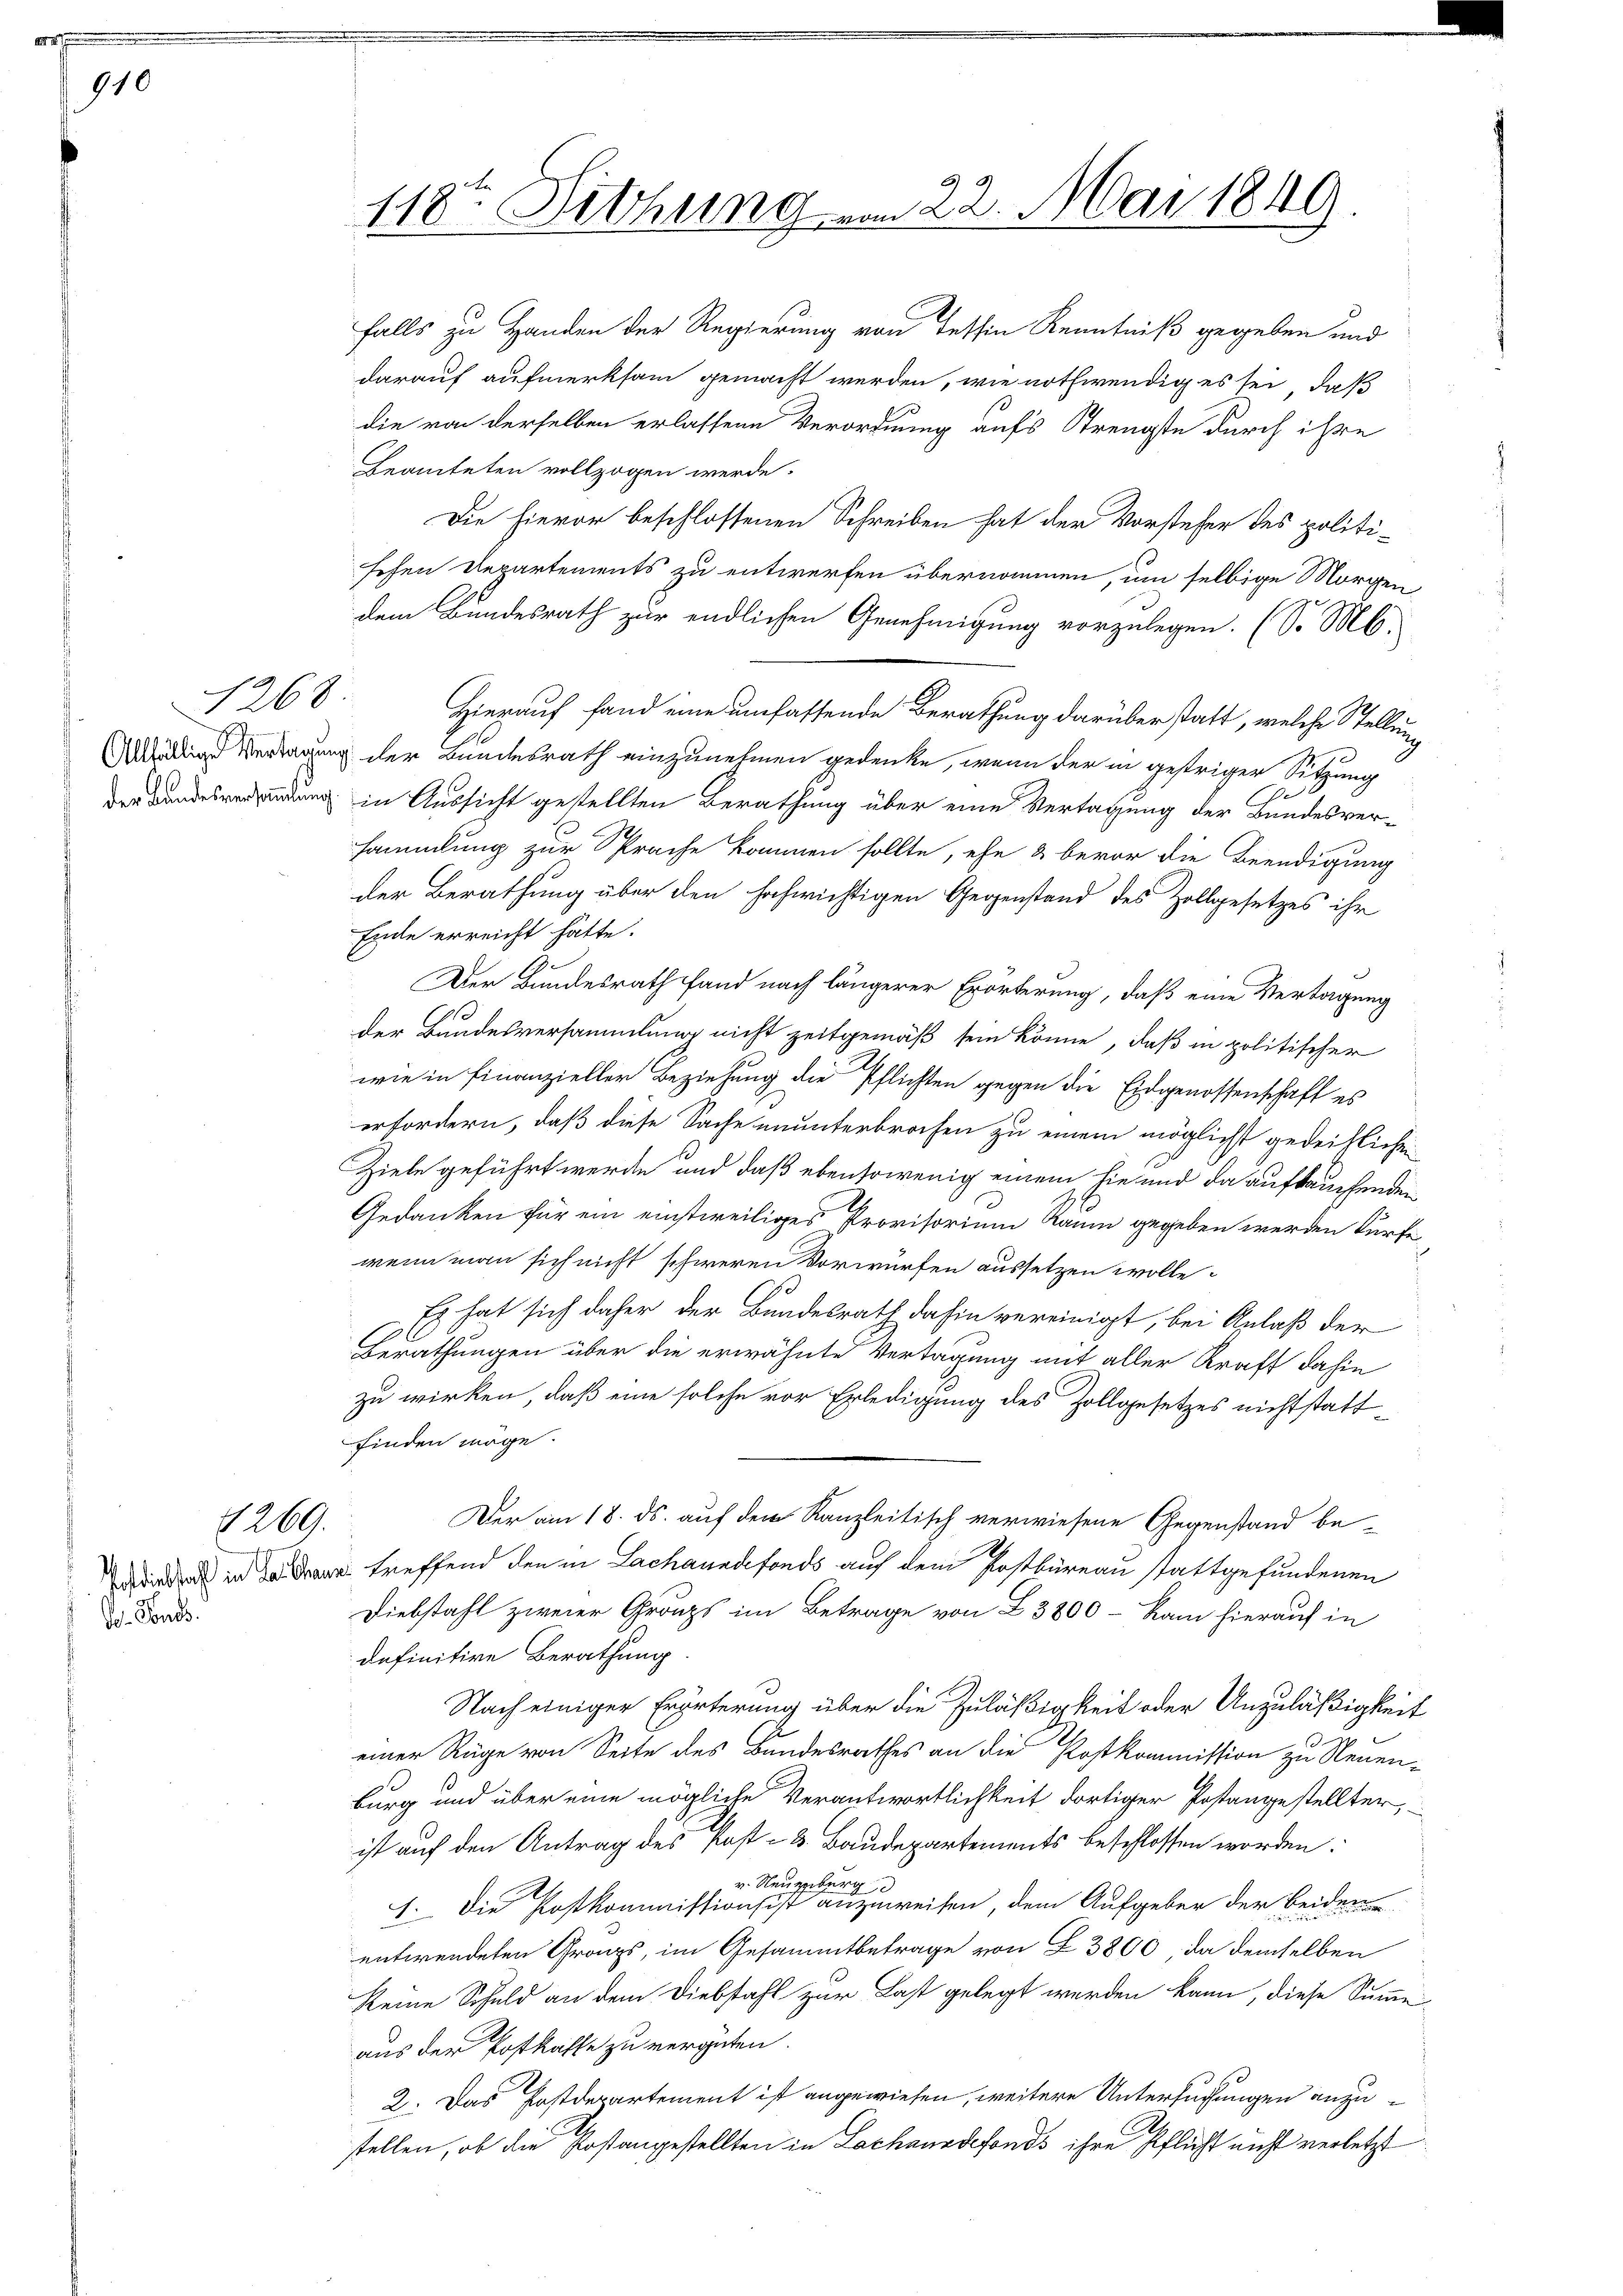
910

1269.
nach

So. Ponts

falls zu Handen der Regierung von Tessin Kenntniß gegeben und
darauf aufmerksam gemacht werden, wie nothwendig es sei, daß
die von derselben erlassene Verordnung aufs Treugste durch ihre
Beamteten vollzogen werde.
Die hievor beschlossenen Schreiben hat der Vorsteher des politisehen Departements zu entwerfen übernommen, um selbige Morgen
dem Bundesrath zur endlichen Genehmigung vorzulegen. (So M.
1268. Hierauf fand eine umfassende Berathung darüberstatt, welche Stellung
Als Vertagung der Bundesrath einzunehmen gedenke, wenn der in gestriger Sitzung
e
der Bundesverwendung in Aussicht gestellten Berathung über eine Vertagung der Bundesversammlung zur Sprache kommen sollte, ehe & bevor die Beendigung
der Berathung über den hochwichtigen Gegenstand des Zollgesetzes ihr
Ende erreicht hätte.
Der Bundesrath fand nach längerer Erörterung, daß eine Vertagung
der Bundesversammlung nicht zeitgemäß sein könne, daß in politischer
wie in Finanzieller Beziehung die Pflichten gegen die Eidgenossenschaft es
erfordern, daß diese Sache ununterbrochen zu einem möglichst gedeihlichen
Ziele geführt werde, und daß ebensowenig einem hie und da auftauchenden
Gedanken für ein einstweiliges Provisorium Raum gegeben werden dürfe,
wenn man sich nicht schweren Vorwürfen aussetzen wolle.
Es hat sich daher der Bundesrath dahin vereinigt, bei Anlaß der
7
Berathungen über die erwähnte Vertagung mit aller Kraft dahin
zu wirken, daß eine solche vor Erledigung des Zollgesetzes nicht stattfinden möge.
Der am 18. ds. auf dem Kanzleitisch verwiesene Gegenstand bedrid in treffend den in Lachanndefonds auf dem Postbüreau stattgefundenen
Diebstahl zweier Gränzs im Betrage von Z. 3800 - kam hierauf in
definitive Berathung
Nach einiger Erörterung über die Zuläßigkeit oder Unzuläßigkeit
einer Rüge von Seite des Bandesrathes an die Postkommission zu Neuenburg und über eine mögliche Verantwortlichkeit dortiger Postangestellter,
ist auf den Antrag des Post- & Baudepartements beschlossen worden.
v. Neuenburg
1. Die Kostkommissionsist anzuweisen, dem Aufgeber der beidere
entwendeten Gras, im Gesammtbetrage von § 3800, da demselben
keine Schuld an dem Diebstahl zur Last gelegt werden kann, diese Summe-
aus der Postkasse zu vergüten.
2. Das Postdepartement ist angewiesen, weitere Untersuchungen anzustellen, ob die Postangestellten in Lachanndefonds ihre Pflicht nicht verletzt

118ten Sitzung vom 22. Mai 1849